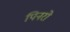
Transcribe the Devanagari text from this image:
पिनरो